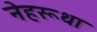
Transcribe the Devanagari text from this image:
नेहरूथा